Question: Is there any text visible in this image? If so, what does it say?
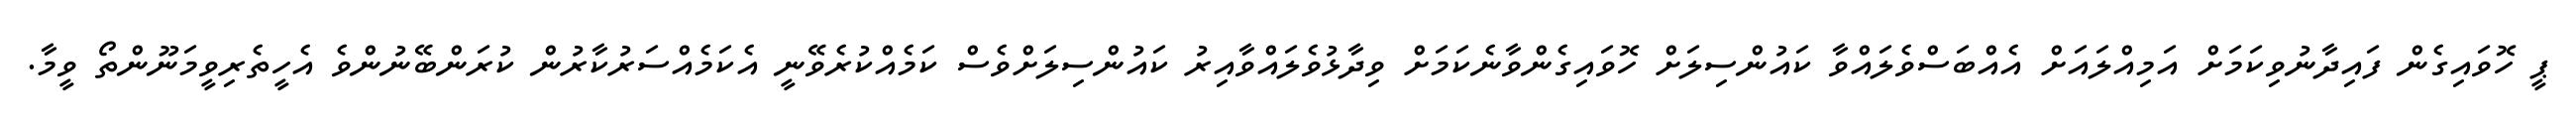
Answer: ޕީ ހޮވައިގެން ފައިދާނުވިކަމަށް އަމިއްލައަށް އެއްބަސްވެލައްވާ ކައުންސިލަށް ހޮވައިގެންވާނެކަމަށް ވިދާޅުވެލައްވާއިރު ކައުންސިލަށްވެސް ކަމެއްކުރެވޭނީ އެކަމެއްސަރުކާރުން ކުރަންބޭނުންވެ އެހީތެރިވީމަނޫންތޯ ވީމާ.